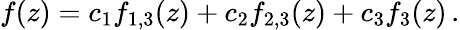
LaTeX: f(z)=c_{1}f_{1,3}(z)+c_{2}f_{2,3}(z)+c_{3}f_{3}(z)\, .